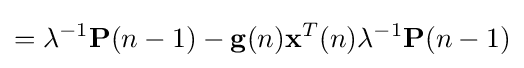
=\lambda ^{-1}\mathbf {P} (n-1)-\mathbf {g} (n)\mathbf {x} ^{T}(n)\lambda ^{-1}\mathbf {P} (n-1)